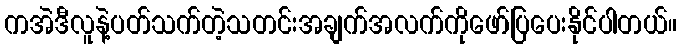
ကအဲဒီလူနဲ့ပတ်သက်တဲ့သတင်းအချက်အလက်ကိုဖော်ပြပေးနိုင်ပါတယ်။